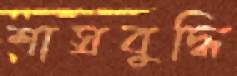
শাস্রবুদ্ধি